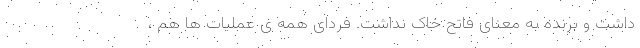
داشت و برنده به معنای فاتح خاک نداشت. فردای همه ی عملیات ها هم ،